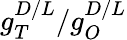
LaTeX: g_{T}^{D/L}/g_{O}^{D/L}